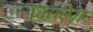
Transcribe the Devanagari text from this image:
विद्यते॥